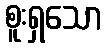
စူးရှသော